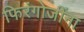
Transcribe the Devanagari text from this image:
फिरंगोजींना